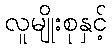
လူမျိုးစုနှင့်